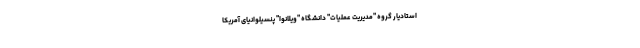
استادیار گروه "مدیریت عملیات" دانشگاه "ویلانوا" پنسیلوانیای آمریکا